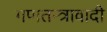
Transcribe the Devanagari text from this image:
गणतन्त्रावादी